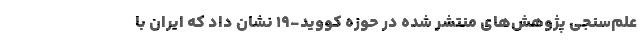
علم‌سنجی پژوهش‌های منتشر شده در حوزه کووید-۱۹ نشان داد که ایران با